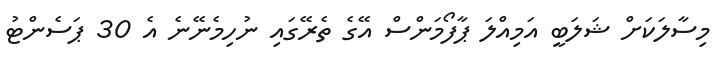
މިސާލަކަށް ޝަލަބީ އަމިއްލަ ޕާފޯމަންސް އޭގެ ތެރޭގައި ނުހިމެނޭނެ އެ 30 ޕަސެންޓު